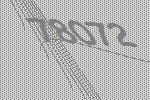
78072